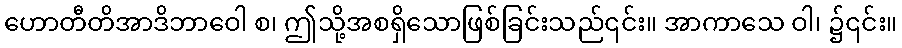
ဟောတီတိအာဒိဘာဝေါ စ၊ ဤသို့အစရှိသောဖြစ်ခြင်းသည်၎င်း။ အာကာသေ ဝါ၊ ၌၎င်း။